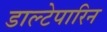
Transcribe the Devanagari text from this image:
डाल्टेपारिन